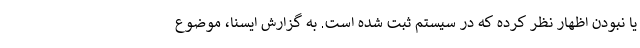
یا نبودن اظهار نظر کرده که در سیستم ثبت شده است. به گزارش ایسنا، موضوع